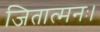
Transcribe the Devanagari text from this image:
जितात्मनः।